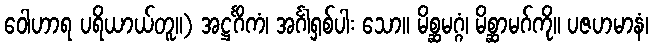
ဝေါဟာရ ပရိယာယ်တူ။) အဋ္ဌင်္ဂိကံ၊ အင်္ဂါရှစ်ပါး သော။ မိစ္ဆမဂ္ဂံ၊ မိစ္ဆာမဂ်ကို။ ပဇဟမာနံ၊